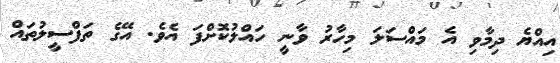
އިއްޔެ ދިމާވި އެ މައްސަލަ މިހާރު ވާނީ ހައްލުކޮށްފަ އެވެ. އޭގެ ތަފްސީލުތައް